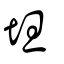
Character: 坦